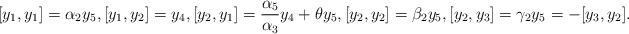
LaTeX: \begin{align*}[y_1, y_1]=\alpha_2y_5, [y_1, y_2]=y_4, [y_2, y_1]=\frac{\alpha_5}{\alpha_3}y_4+\theta y_5, [y_2, y_2]=\beta_2y_5, [y_2, y_3]=\gamma_2y_5=-[y_3, y_2].\end{align*}